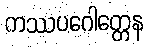
ကဿပဂေါတ္တေန